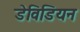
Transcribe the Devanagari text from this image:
डेविडियन